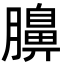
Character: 䑄